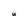
Character: U